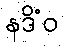
နဒိံဝ